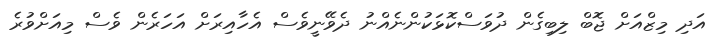
އަދި މިޒްއަށް ޖޮބް ލިބިގެން ދުވަސްކޮޅަކުންނެއްނު ދެވޭނީވެސް އެހާއިރަށް އަހަރެން ވެސް މިއަށްވުރެ